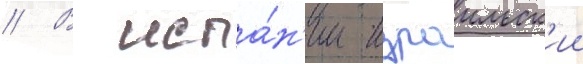
// В испа́н'ии израильск'ии